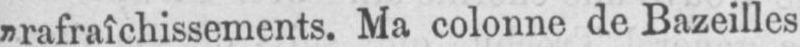
„rafraîchissements. Ma colonne de Bazeilles